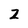
Character: 2